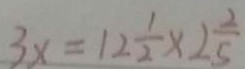
3 x = 1 2 \frac { 1 } { 2 } \times 2 \frac { 2 } { 5 }